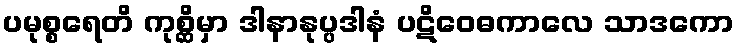
ပမုစ္စရေတိ ကုစ္ဆိမှာ ဒါနာနုပ္ပဒါနံ ပဋိဝေဓကာလေ သာဒကော